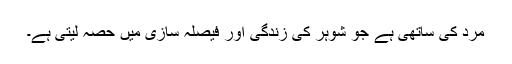
مرد کی ساتھی ہے جو شوہر کی زندگی اور فیصلہ سازی میں حصہ لیتی ہے۔